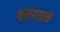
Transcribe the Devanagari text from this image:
भूमंडळाचे